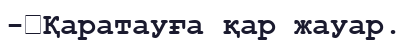
-	Қаратауға қар жауар.